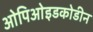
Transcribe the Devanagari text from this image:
ओपिओइडकोडीन